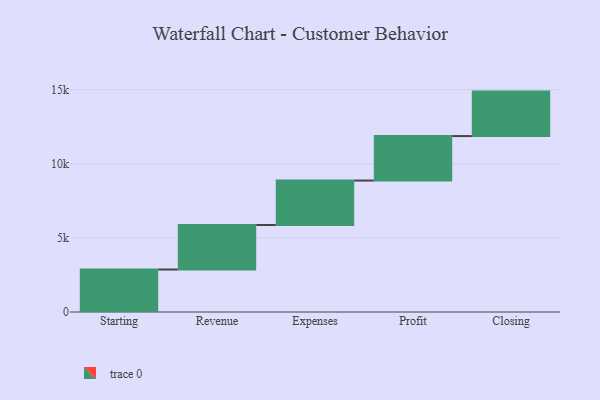
{"axis": {"x": "Step", "y": "Value"}, "legend": [""], "data": [{"x": "Starting", "y": 2867.0, "type": ""}, {"x": "Revenue", "y": 3000, "type": ""}, {"x": "Expenses", "y": 3000, "type": ""}, {"x": "Profit", "y": 3000, "type": ""}, {"x": "Closing", "y": 3000, "type": ""}]}